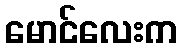
မောင်လေးက